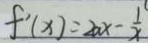
f ^ { \prime } ( x ) = 2 a x - \frac { 1 } { x }